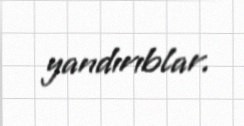
yandırıblar.